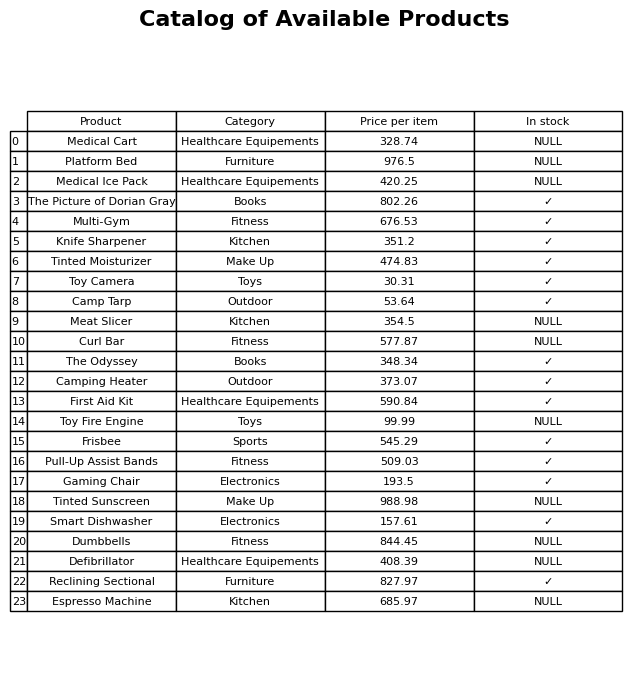
question: What is the stock status of the Toy Camera?
answer: ✓